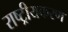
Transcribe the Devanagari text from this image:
राष्‍ट्रीयकरण